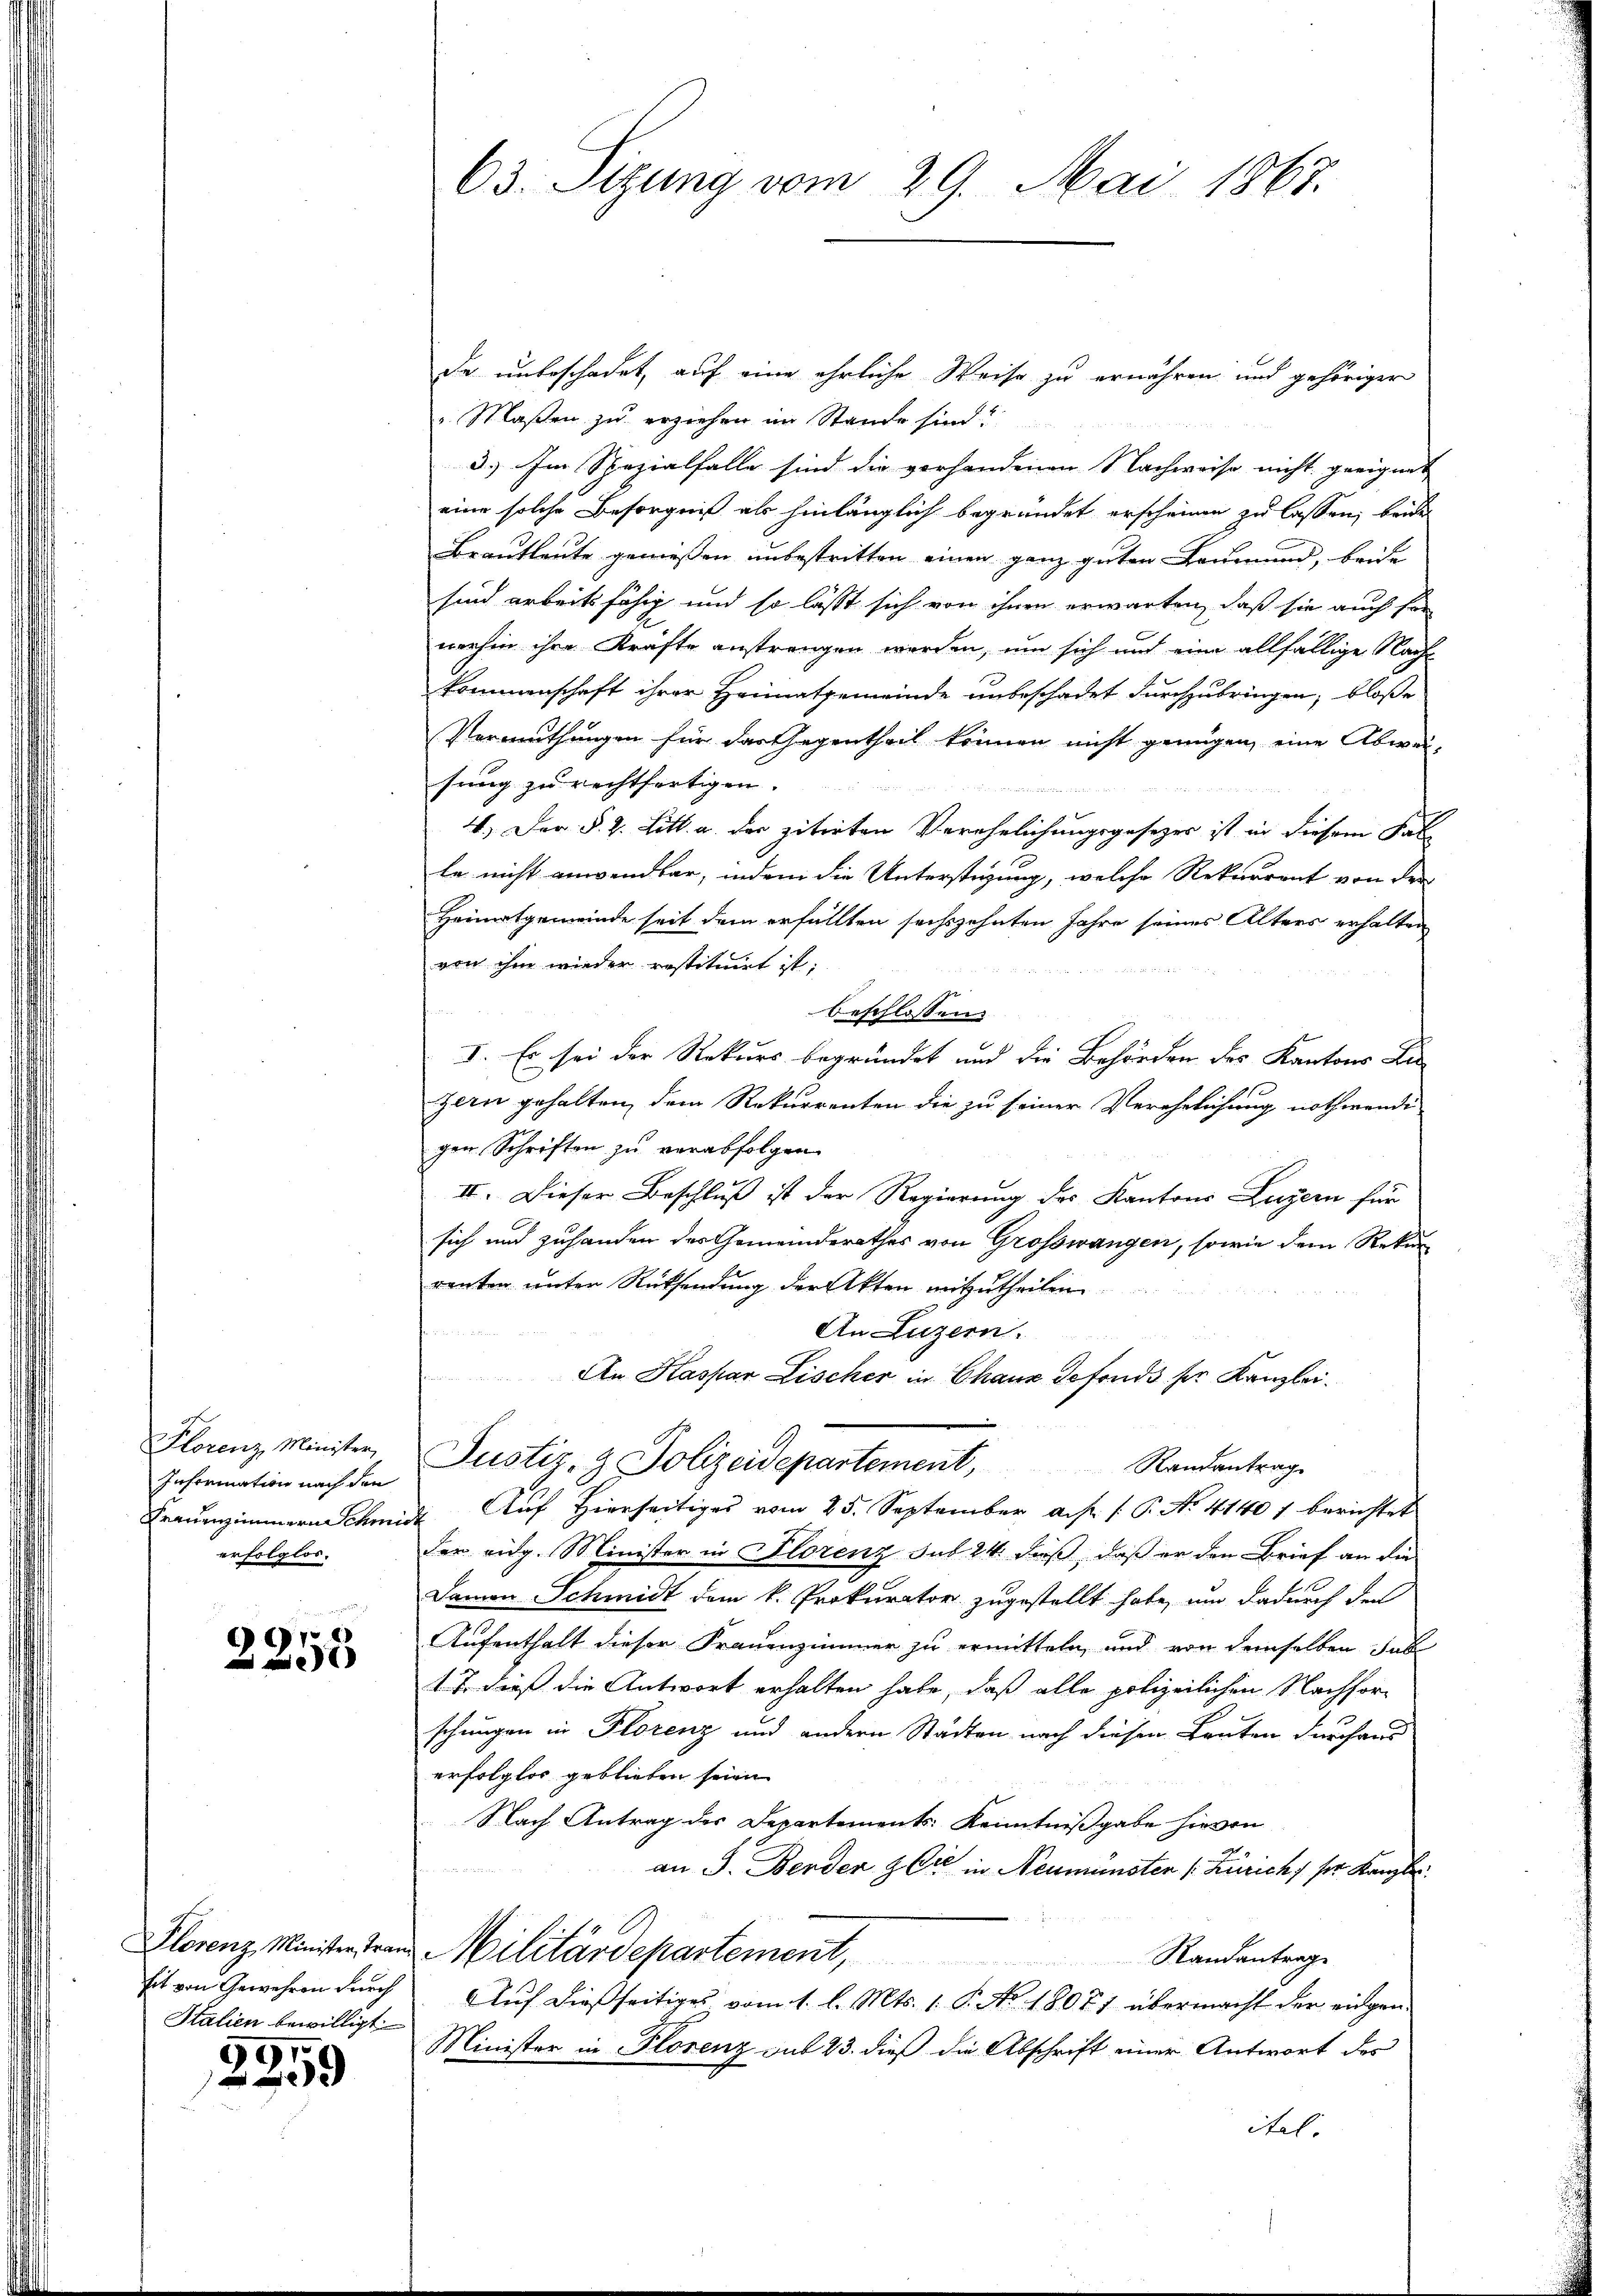
Florenz Minister,
Information nach den
erfolglos.

2253

sit von Gewehren durch
Stalien bewilligt.

91.
200

63. Sizung vom 29. Mai 1867.

de unbeschadet, auf eine ehrliche Weise zu ernähren und gehöriger
 Maßen zu erziehen im Stande sind!
3.) Im Spezialfalle sind die vorhandenen Nachweise nicht geeignet
eine solche Besorgniß als hinlänglich begründet erscheinen zu lassen, beide
Brautleute genießen unbestritten einen ganz guten Leumund, beide
sind arbeitsfähig und so lässt sich von ihnen erwarten, daß sie auch sie
werhin ihre Kräfte anstrangen werden, um sich und eine allfällige Nach
kommenschaft ihrer Heimatgemeinde unbeschadet durchzubringen, bloße
Vermuthungen für das Gegentheil können nicht genügen, eine Abweisung zu rechtfertigen.
4.) Der §. 2. Litt. a. der zitirten Verehelichungsgesezes ist in diesem Fal
le nicht anwendbar, indem die Unterstüzung, welche Rekurrent von der
Heimatgemeinde seit dem erfüllten sechszehnten Jahre seines Alters erhalten
von ihm wieder restituirt ist:
beschlossen
I. Es sei der Rekurs begründet und die Behörden des Kantons Lie
zern gehalten, dem Rekurrenten die zu seiner Verehelichung nothwendigen Schriften zu verabfolgen.
II. Dieser Beschluß ist der Regierung des Kantons Luzern für
sich und zuhanden des Gemeinderathes von Grosswangen, sowie dem Rekurrenten unter Rücksendung der Akten mitzutheilen.
An Luzern.
u
An Kaspar Lischer in Chaux defonds her Kanzlei¬
Justiz- & Polizeidepartement,
Randantrag
Fraŭenzimmern Schmidt Auf Hierseitiges vom 25. September a.h. 1. P. No. 41401 berichtet
der eidg. Minister in Florenz sub 24. dieß, daß er den Brief an die
Damen Schmidt dem k. Prokurator zugestellt habe, um dadurch der
Aufenthalt dieser Frauenzimmer zu ermitteln, und von demselben das
17. dieß die Antwort erhalten habe, daß alle polizeilichen Nachforschungen in Florenz und andern Städten nach diesen Bauten durchaus
erfolglos geblieben seien
Nach Antrag des Departements Kenntnißgabe hievon
x
an J. Berden & die in Neumünsten (Zürich, ser Kanzle
Slorenz Minister von Militärdepartement,
Randantrag
Auf dießseitiges vom 1. l. Mts. 1. P. No 18071 übermacht der eingen.
Minister in Florenz sub 23. dieß die Abschrift einer Antwort des
itel.